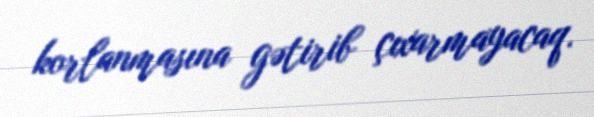
korlanmasına gətirib çıxarmayacaq.